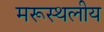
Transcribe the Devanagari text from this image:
मरूस्‍थलीय